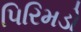
પિરિમડો